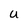
Character: U